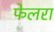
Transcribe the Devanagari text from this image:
फेलरा